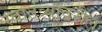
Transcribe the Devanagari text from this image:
स्वातंत्र्यावरील